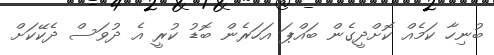
ބުނިހާ ކަމެއް ކޮށްދީގެން ބައްޕަ އަހަރެން ބޮޑު ކުރީ އެ ދުވަސް ދެކޭކަށް